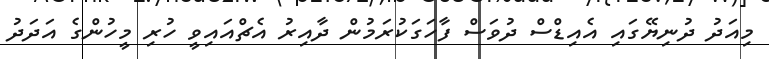
މިއަދު ދުނިޔޭގައި އެއިޑްސް ދުވަސް ފާހަގަކުރަމުން ދާއިރު އެޗްއައިވީ ހުރި މީހުންގެ އަދަދު